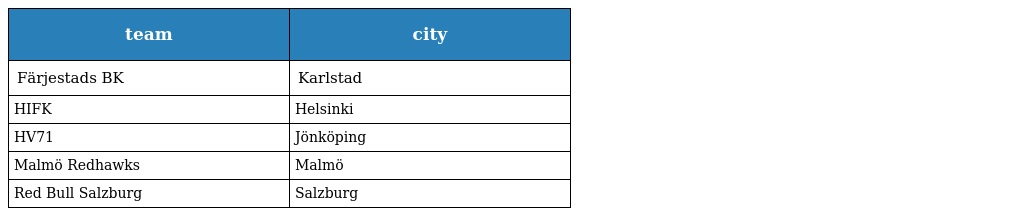
| team | city |
 | --- | --- |
 | Färjestads BK | Karlstad |
 | HIFK | Helsinki |
 | HV71 | Jönköping |
 | Malmö Redhawks | Malmö |
 | Red Bull Salzburg | Salzburg |